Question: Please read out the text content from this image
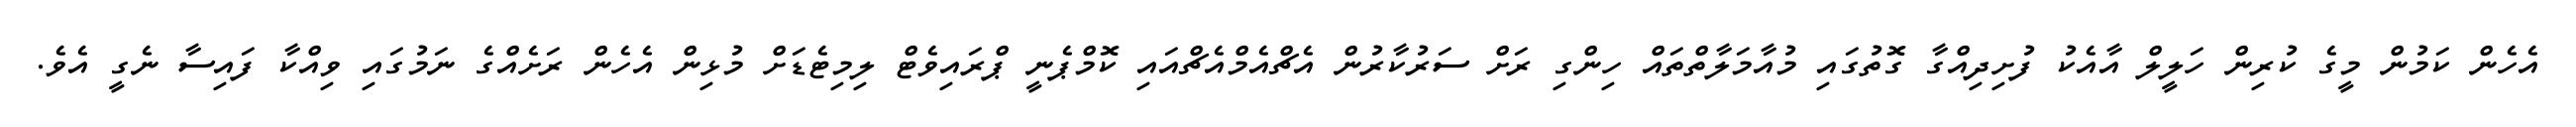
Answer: އެހެން ކަމުން މީގެ ކުރިން ހަލީލް އާއެކު ފުށިދިއްގާ ގޮތުގައި މުއާމަލާތްތައް ހިންގި ރަށް ސަރުކާރުން އެޗްއެމްއެޗްއައި ކޮމްޕެނީ ޕްރައިވެޓް ލިމިޓެޑަށް މުޅިން އެހެން ރަށެއްގެ ނަމުގައި ވިއްކާ ފައިސާ ނެގީ އެވެ.